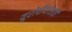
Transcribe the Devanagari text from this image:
युरोपीयांसाठी